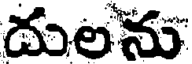
దులను